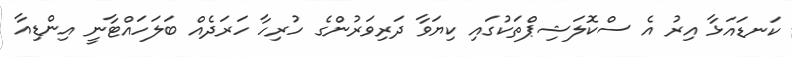
ކަނޑައަޅާ އިރު އެ ސްކޮލަޝިޕްތަކުގައި ކިޔަވާ ދަރިވަރުންގެ ހުރިހާ ހަރަދެއް ބަލަހައްޓާނީ އިންޑިއާ